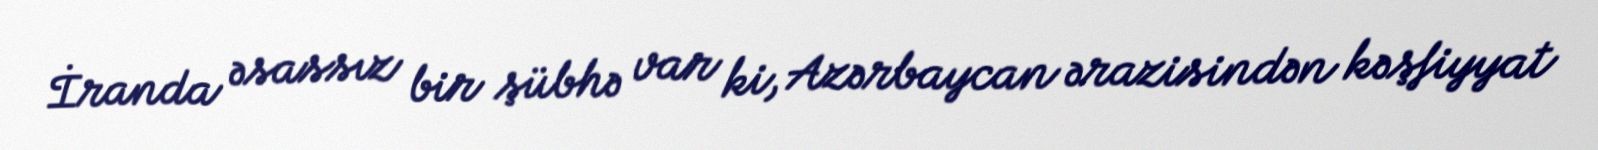
İranda əsassız bir şübhə var ki, Azərbaycan ərazisindən kəşfiyyat